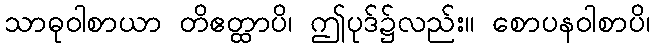
သာဓုဝါစာယာ တိဧတ္ထာပိ၊ ဤပုဒ်၌လည်း။ စောပနဝါစာပိ၊